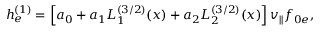
\begin{array} { r } { h _ { e } ^ { ( 1 ) } = \left[ a _ { 0 } + a _ { 1 } L _ { 1 } ^ { ( 3 / 2 ) } ( x ) + a _ { 2 } L _ { 2 } ^ { ( 3 / 2 ) } ( x ) \right] v _ { \parallel } f _ { 0 e } , } \end{array}